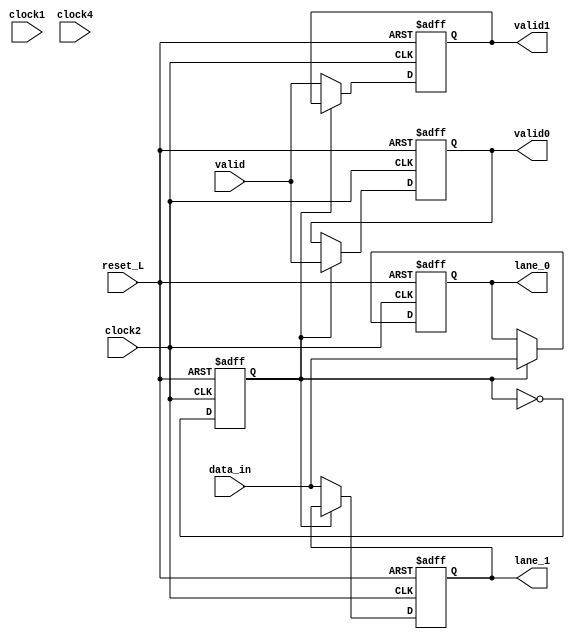
module byte_stripping(
          input [31:0] data_in,
          input valid,reset_L,clock1,clock2,clock4,
          output reg [31:0] lane_0,lane_1,
	       output reg valid0,valid1
          );
   reg selector;
   
   always @(posedge clock2 or negedge reset_L) begin
      if(reset_L==0) begin
      lane_0 <= 'h0000000;
      lane_1 <= 'h0000000;
      valid0 <= 1'b0;
      valid1 <= 1'b0;
      selector <= 0;
      end else begin
         if (selector==1)  begin
            lane_1 <= lane_1;
            lane_0 <= data_in;
            valid0 <= valid;
         end else begin
            lane_0 <= lane_0;
            lane_1 <= data_in;
            valid1 <= valid;
         end
         selector <= ~selector;
      end
   end
endmodule